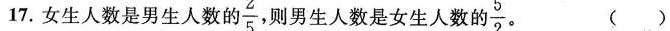
17.女生人数是男生人数的\frac{2}{5}则男生人数是女生人数的\frac{5}{2} ()